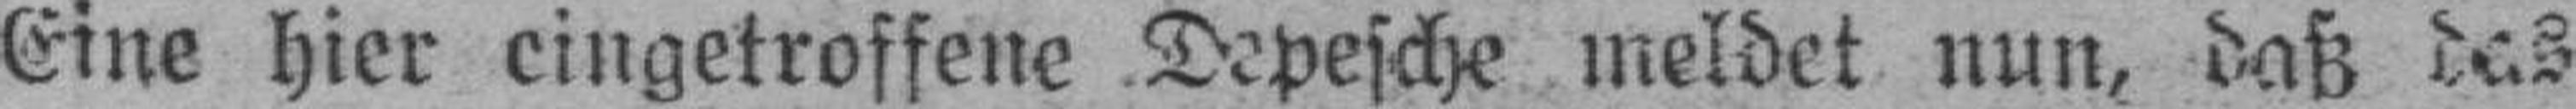
Eine hier eingetroffene Depesche meldet nun, daß das